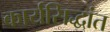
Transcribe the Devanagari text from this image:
कार्यसिद्धांत